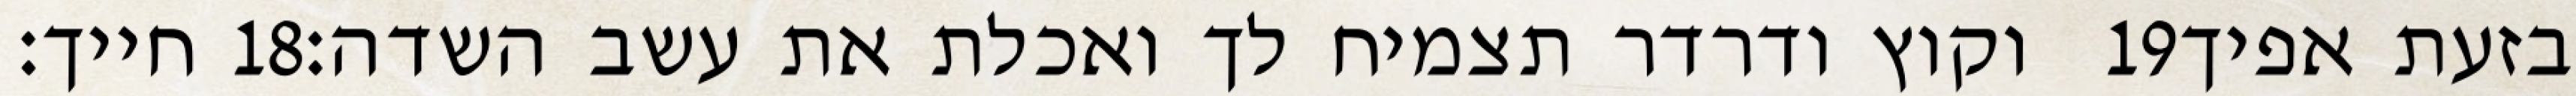
חייך׃ ‎18‏ וקוץ ודרדר תצמיח לך ואכלת את עשב השדה׃ ‎19‏ בזעת אפיך